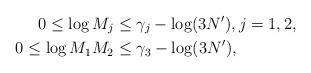
LaTeX: \begin{align*}0 \leq \log M_j &\leq \gamma_j-\log(3N'), j=1,2, \\0\le\log M_1 M_2 &\leq \gamma_3-\log(3N'),\end{align*}